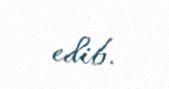
edib.